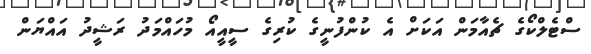
ސްޓެލްކޯގެ ޗެއާމަން އަކަށް އެ ކުންފުނީގެ ކުރިގެ ސީއީއޯ މުހައްމަދު ރަޝީދު އައްޔަން